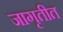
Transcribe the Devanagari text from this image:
जागृतीत